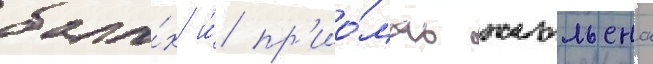
бала́х и́ пр'ио́мах жюльена